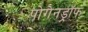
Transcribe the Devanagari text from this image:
पोगेनड्रॉफ